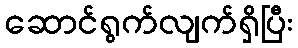
ဆောင်ရွက်လျက်ရှိပြီး